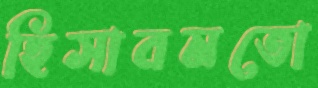
হিসাবমতো